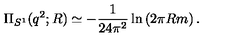
\Pi _ { S ^ { 1 } } ( q ^ { 2 } ; R ) \simeq - { \frac { 1 } { 2 4 \pi ^ { 2 } } } \ln \left( 2 \pi R m \right) .